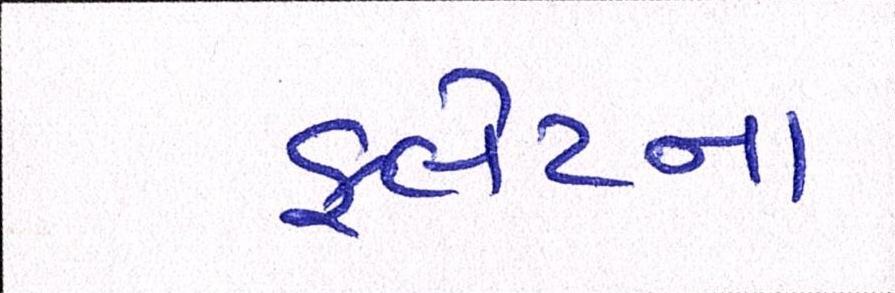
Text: ફ્લેટના